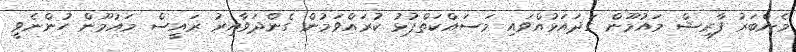
މެންބަރު ފާރިޝް މައުމޫން ގަދައަޅުއްވައި މަސައްކަތްޕުޅު ކުރައްވަމުން ގެންދަވާއިރު ރައީސް މައުމޫން ހުންނެވީ